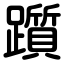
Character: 躓